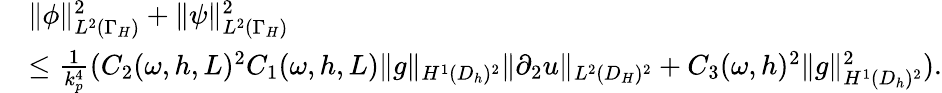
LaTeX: \begin{array}{rl}&{\| \phi\| _{L^{2}(\Gamma_{H})}^{2}+\| \psi\| _{L^{2}(\Gamma_{H})}^{2}}\\ &{\le\frac{1}{k_{p}^{4}}(C_{2}(\omega,h,L)^{2}C_{1}(\omega,h,L)\| g\| _{H^{1}(D_{h})^{2}}\| \partial_{2}u\| _{L^{2}(D_{H})^{2}}+C_{3}(\omega,h)^{2}\| g\| _{H^{1}(D_{h})^{2}}^{2}).}\end{array}